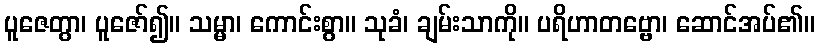
ပူဇေတွာ၊ ပူဇော်၍။ သမ္မာ၊ ကောင်းစွာ။ သုခံ၊ ချမ်းသာကို။ ပရိဟာတဗ္ဗော၊ ဆောင်အပ်၏။